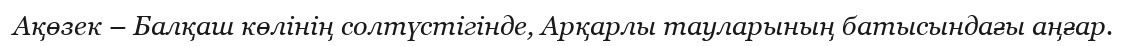
Ақөзек – Балқаш көлінің солтүстігінде, Арқарлы тауларының батысындағы аңғар.